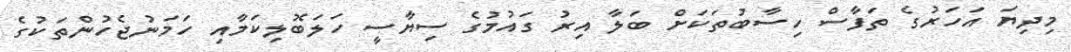
މިދިޔަ އަހަރުގެ ތަފާސް ހިސާބުތަކަށް ބަލާ އިރު ގައުމުގެ ސިޔާސީ ހަލަބޮލިކަމާއި ހަމަނުޖެހުންތަކުގެ